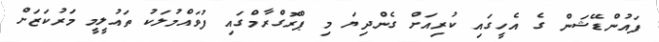
ފައުންޑޭޝަން ގެ އެހީގައި ކުރިއަށް ގެންދިޔަ މި ޕްރޮގްރާމްގައި ފުވައްމުލަކު ތައުލީމީ މަރުކަޒަށް